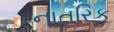
નાતરિક